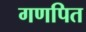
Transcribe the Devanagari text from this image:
गणपित